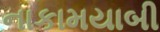
નાકામયાબી